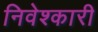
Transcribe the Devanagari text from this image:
निवेश्कारी